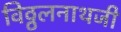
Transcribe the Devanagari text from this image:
विठ्ठलनाथजी